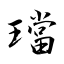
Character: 璫